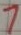
Text: 7